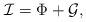
LaTeX: \begin{align*} \mathcal{I}=\Phi+\mathcal{G},\end{align*}